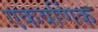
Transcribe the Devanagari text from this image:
एकवर्णिक